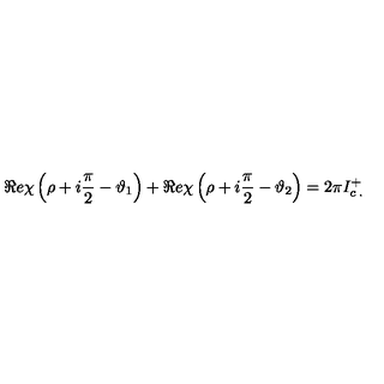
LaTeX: \Re e \chi \left( \rho + i \displaystyle \frac { \pi } { 2 } - \vartheta _ { 1 } \right) + \Re e \chi \left( \rho + i \displaystyle \frac { \pi } { 2 } - \vartheta _ { 2 } \right) = 2 \pi I _ { c \: . } ^ { + }